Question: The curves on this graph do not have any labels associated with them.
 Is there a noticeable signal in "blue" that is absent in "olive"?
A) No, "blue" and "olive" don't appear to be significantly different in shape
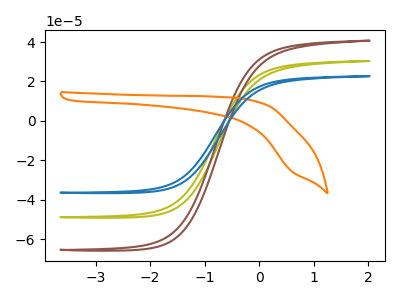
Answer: <think>The olive curve "olive" has no peaks. The brown curve "brown" has no peaks. The orange curve "orange" has no peaks. The blue curve "blue" has no peaks.
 Neither "blue" or "olive" have any peaks.</think>
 <answer>A) No, "blue" and "olive" don't appear to be significantly different in shape</answer>
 <eval>A</eval>